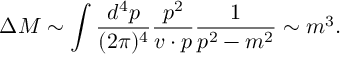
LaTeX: \Delta M \sim \int { \frac { d ^ { 4 } p } { ( 2 \pi ) ^ { 4 } } } { \frac { p ^ { 2 } } { v \cdot p } } { \frac { 1 } { p ^ { 2 } - m ^ { 2 } } } \sim m ^ { 3 } .